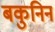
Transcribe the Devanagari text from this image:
बकुनिन